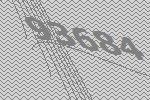
93684